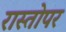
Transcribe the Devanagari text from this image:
रास्तोपर